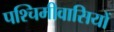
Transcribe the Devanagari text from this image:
पश्चिमीवासियों